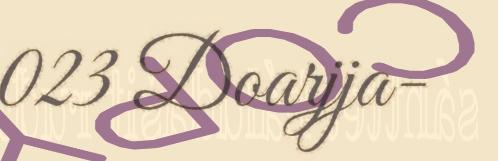
023 Doarjja-